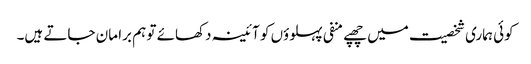
کوئی ہماری شخصیت میں چھپے منفی پہلوؤں کو آئینہ دکھائے تو ہم برا مان جاتے ہیں۔